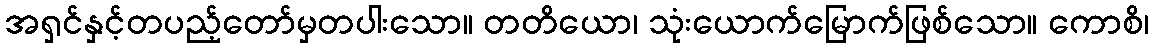
အရှင်နှင့်တပည့်တော်မှတပါးသော။ တတိယော၊ သုံးယောက်မြောက်ဖြစ်သော။ ကောစိ၊